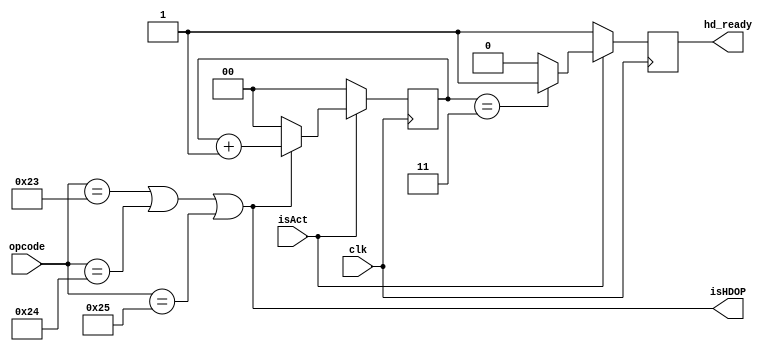
module hd_timer(isAct, opcode, clk, hd_ready, isHDOP);
	
	parameter DIVISOR_BITS = 2; // 2**14 = 16384
	localparam DIVISOR = 2**DIVISOR_BITS;
	
	localparam HDTOINST = 6'b100011, HDTOREG = 6'b100100, REGTOHD = 6'b100101;
	
	input clk, isAct;
	input [5:0] opcode;
	output reg hd_ready;
	output isHDOP;
	
	reg [DIVISOR_BITS-1:0] estado = 0;
	
	always@(posedge clk)
	begin
		if (isAct) begin
			if(estado == DIVISOR - 1) begin
				hd_ready = 1'b1;
			end
			else begin
				hd_ready = 1'b0;
			end
		
			if (isHDOP) begin
				estado = estado + 1;
			end
			else begin
				estado = 0;
			end
		end
		else begin
			hd_ready <= 1'b1;
			estado <= 0;
		end

	end
	
	assign isHDOP = (opcode == HDTOINST || opcode == HDTOREG || opcode == REGTOHD);
	
	
endmodule